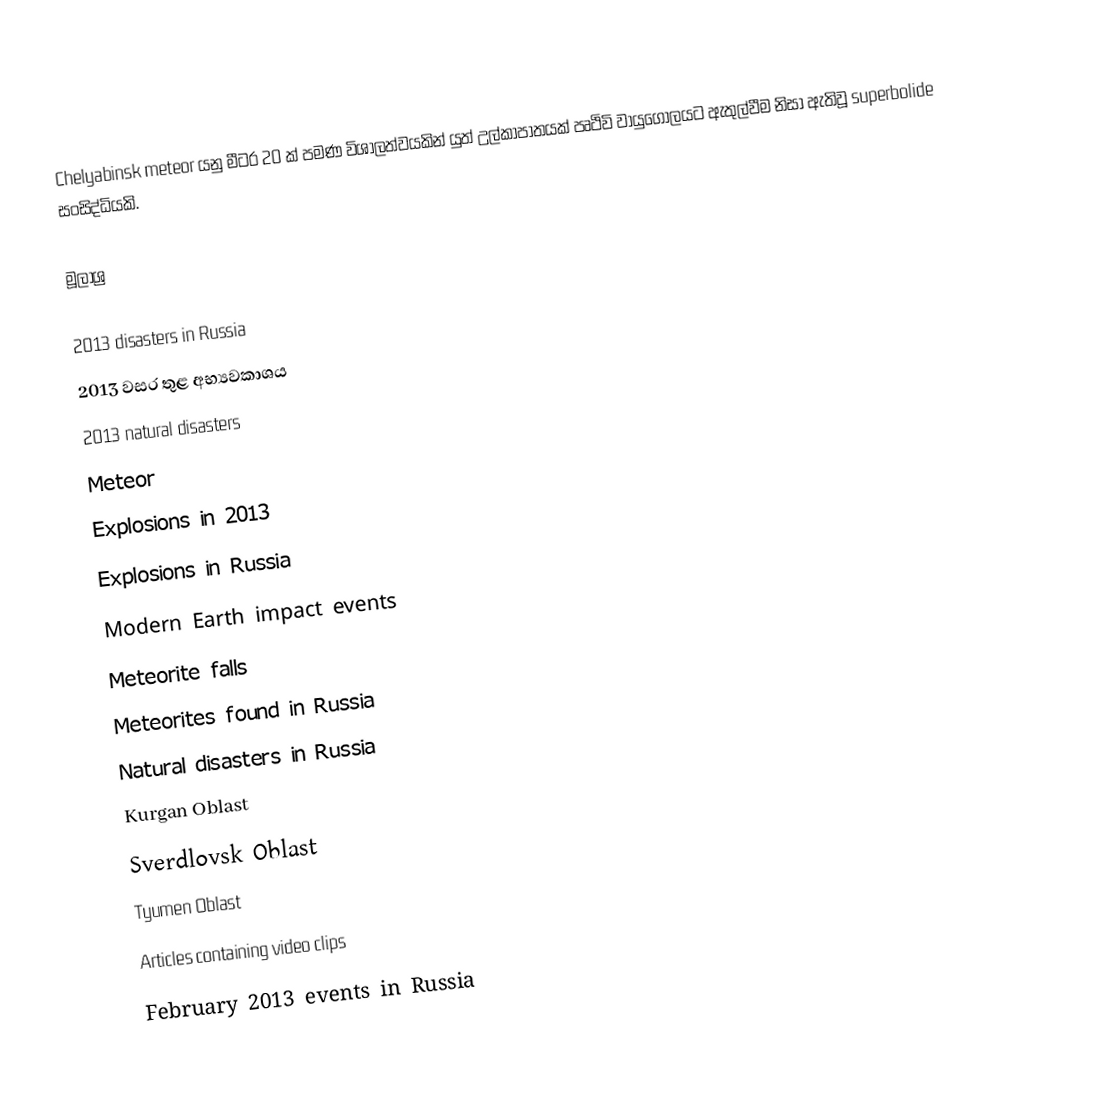
Chelyabinsk meteor යනු මීටර 20 ක් පමණ විශාලත්වයකින් යුත් උල්කාපාතයක් පෘථිවි වායුගෝලයට ඇතුල්වීම නිසා ඇතිවූ superbolide සංසිද්ධියකි.

මූලාශ්‍ර

2013 disasters in Russia
2013 වසර තුළ අභ්‍යවකාශය
2013 natural disasters
Meteor
Explosions in 2013
Explosions in Russia
Modern Earth impact events
Meteorite falls
Meteorites found in Russia
Natural disasters in Russia
Kurgan Oblast
Sverdlovsk Oblast
Tyumen Oblast
Articles containing video clips
February 2013 events in Russia